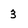
Character: 3